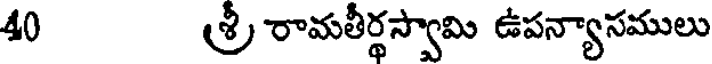
40 శ్రీ రామతీర్థస్వామి ఉపన్యాసములు